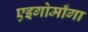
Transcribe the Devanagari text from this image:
एइगोमाँगा